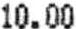
10.00